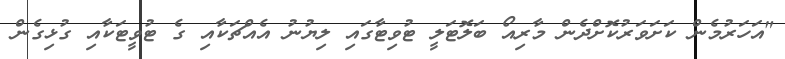
"އަހަރުމެން ކަށަވަރުކޮށްދެން މާރިއޯ ބަލޮޓަލީ ޓުވިޓާގައި ލިޔުނު އެއްޗަކާއި ގެ ޓުވީޓަކާއި ގުޅިގެން